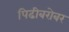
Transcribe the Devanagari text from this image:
पिढीबरोबर